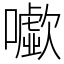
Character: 𡃧